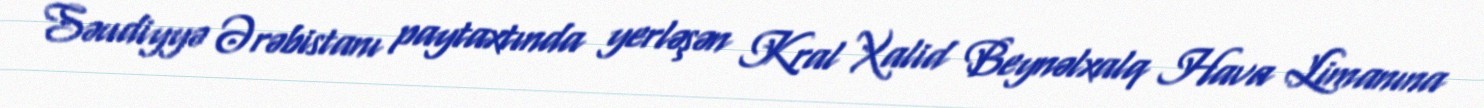
Səudiyyə Ərəbistanı paytaxtında yerləşən Kral Xalid Beynəlxalq Hava Limanına